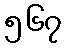
၅၆၇